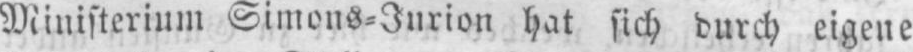
Ministerium Simons⸗Jurion hat sich durch eigene